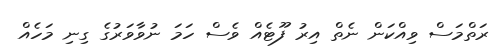
ރަތްމަސް ވިއްކަން ނެތް އިރު ފޫޓެއް ވެސް ހަމަ ނުވާވަރުގެ ގިނި މަހެއް